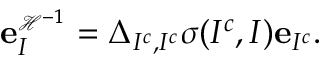
{ \mathbf e } _ { I } ^ { \scriptscriptstyle \mathcal { H } ^ { - 1 } } = \Delta _ { I ^ { c } , I ^ { c } } \sigma ( I ^ { c } , I ) { \mathbf e } _ { I ^ { c } } .